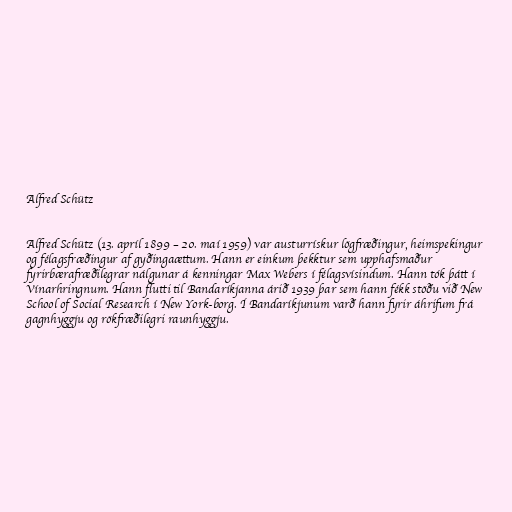
Alfred Schütz

Alfred Schütz (13. apríl 1899 – 20. maí 1959) var austurrískur lögfræðingur, heimspekingur
og félagsfræðingur af gyðingaættum. Hann er einkum þekktur sem upphafsmaður
fyrirbærafræðilegrar nálgunar á kenningar Max Webers í félagsvísindum. Hann tók þátt í
Vínarhringnum. Hann flutti til Bandaríkjanna árið 1939 þar sem hann fékk stöðu við New
School of Social Research í New York-borg. Í Bandaríkjunum varð hann fyrir áhrifum frá
gagnhyggju og rökfræðilegri raunhyggju.